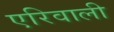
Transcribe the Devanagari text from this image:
एरिवाली